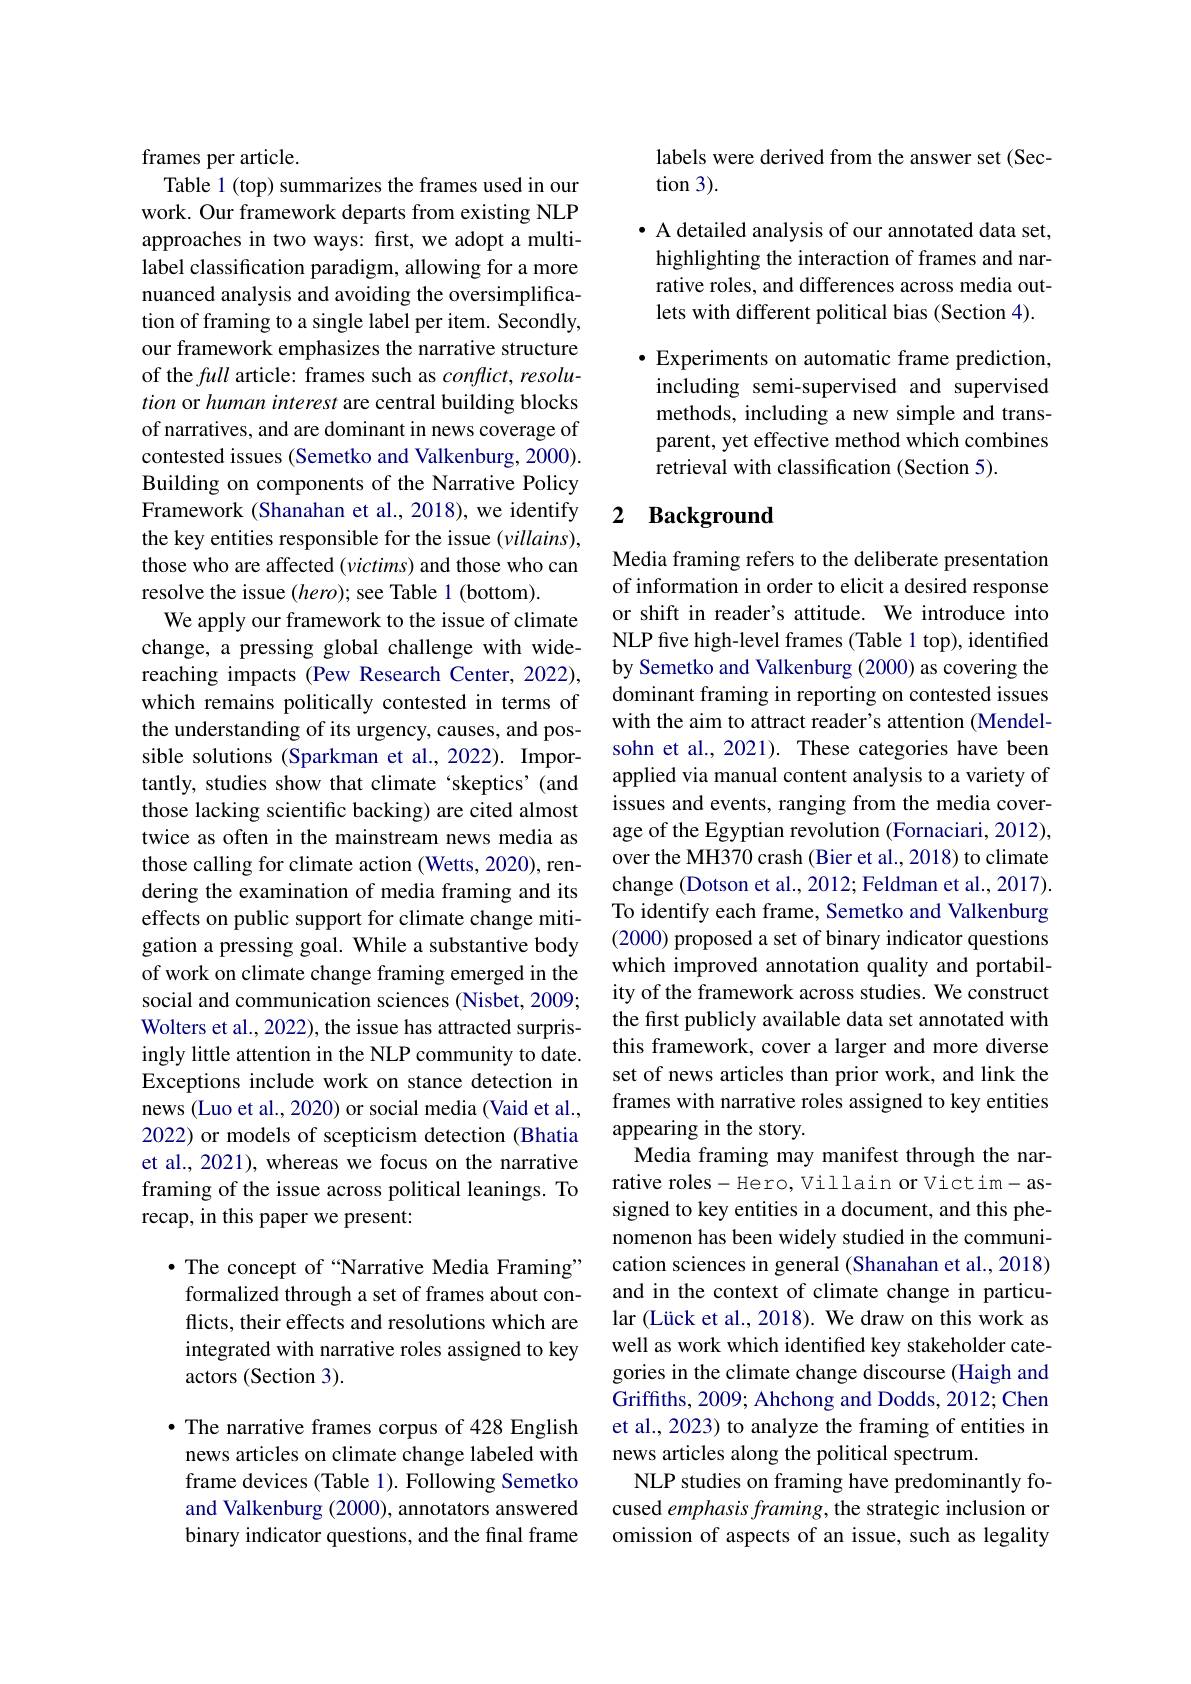
frames per article.
Table 1 (top) summarizes the frames used in our work. Our framework departs from existing NLP approaches in two ways: first, we adopt a multilabel classification paradigm, allowing for a more nuanced analysis and avoiding the oversimplification of framing to a single label per item. Secondly, our framework emphasizes the narrative structure of the full article: frames such as $conflict,resolu-$ tion or human interest are central building blocks of narratives, and are dominant in news coverage of contested issues (Semetko and Valkenburg, 2000). Building on components of the Narrative Policy Framework (Shanahan et al., 2018), we identify the key entities responsible for the issue $(villains)$, those who are affected $(victims)$ and those who can resolve the issue $(hero);$ see Table 1 (bottom).
We apply our framework to the issue of climate change, a pressing global challenge with widereaching impacts (Pew Research Center,2022), which remains politically contested in terms of the understanding of its urgency, causes, and possible solutions (Sparkman et al., 2022). Importantly, studies show that climate ‘skeptics’(and those lacking scientific backing) are cited almost twice as often in the mainstream news media as those calling for climate action (Wetts, 2020), rendering the examination of media framing and its effects on public support for climate change mitigation a pressing goal. While a substantive body of work on climate change framing emerged in the social and communication sciences (Nisbet, 2009; Wolters et al., 2022), the issue has attracted surprisingly little attention in the NLP community to date. Exceptions include work on stance detection in news (Luo et al., 2020) or social media (Vaid et al., 2022) or models of scepticism detection (Bhatia et al., 2021), whereas we focus on the narrative framing of the issue across political leanings. To recap, in this paper we present:

·The concept of “Narrative Media Framing” formalized through a set of frames about conflicts, their effects and resolutions which are integrated with narrative roles assigned to key actors (Section 3).

· The narrative frames corpus of 428 English news articles on climate change labeled with frame devices (Table 1). Following Semetko and Valkenburg (2000), annotators answered binary indicator questions, and the final frame

labels were derived from the answer set (Sec-
$\tan3).$

· A detailed analysis of our annotated data set, highlighting the interaction of frames and narrative roles, and differences across media outlets with different political bias (Section 4). $\bullet$ Experiments on automatic frame prediction, including semi-supervised and supervised methods, including a new simple and transparent, yet effective method which combines retrieval with classification (Section 5).

## 2 Background

Media framing refers to the deliberate presentation of information in order to elicit a desired response or shift in reader's attitude. We introduce into NLP five high-level frames (Table 1 top), identified by Semetko and Valkenburg (2000) as covering the dominant framing in reporting on contested issues with the aim to attract reader's attention (Mendelsohn et al., 2021). These categories have been applied via manual content analysis to a variety of issues and events, ranging from the media coverage of the Egyptian revolution (Fornaciari, 2012), over the MH370 crash (Bier et al., 2018) to climate change (Dotson et al., 2012; Feldman et al., 2017). To identify each frame, Semetko and Valkenburg (2000) proposed a set of binary indicator questions which improved annotation quality and portability of the framework across studies. We construct the first publicly available data set annotated with this framework, cover a larger and more diverse set of news articles than prior work, and link the frames with narrative roles assigned to key entities appearing in the story.
Media framing may manifest through the narrative roles- Hero, Villain or Victim-assigned to key entities in a document, and this phenomenon has been widely studied in the communication sciences in general (Shanahan et al., 2018) and in the context of climate change in particular (Lück et al., 2018). We draw on this work as well as work which identified key stakeholder categories in the climate change discourse (Haigh and Griffiths, 2009; Ahchong and Dodds, 2012; Chen et al., 2023) to analyze the framing of entities in news articles along the political spectrum.
NLP studies on framing have predominantly focused emphasis framing, the strategic inclusion or omission of aspects of an issue, such as legality